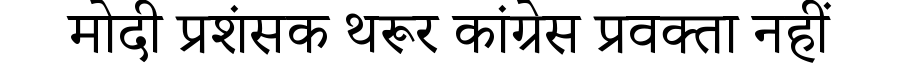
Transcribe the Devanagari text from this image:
मोदी प्रशंसक थरूर कांग्रेस प्रवक्ता नहीं